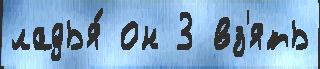
ладья́ он 3 вз'ять